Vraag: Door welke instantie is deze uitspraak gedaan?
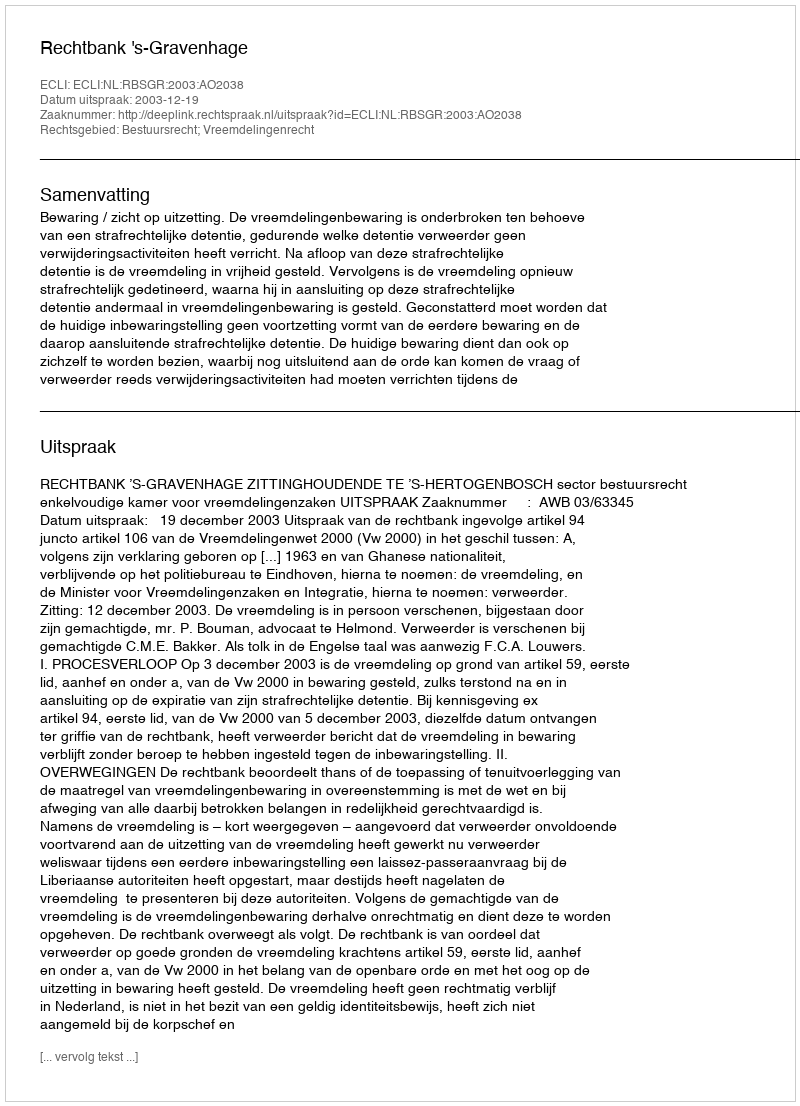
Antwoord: Rechtbank 's-Gravenhage